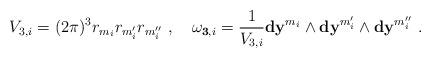
LaTeX: \begin{align*}V_{3,i} = (2\pi)^3 r_{m_i} r_{m'_i} r_{m''_i}\ ,\quad\mathbf{\omega}_{{\mathbf 3},i} = \frac{1}{V_{3,i}} \mathbf{dy}^{m_i}\wedge \mathbf{dy}^{m'_i} \wedge \mathbf{dy}^{m''_i}\ .\end{align*}